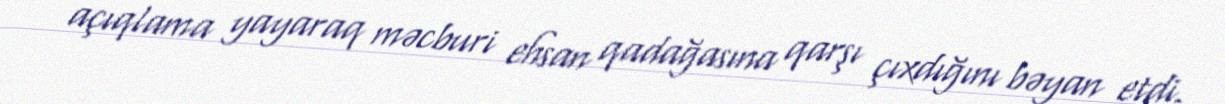
açıqlama yayaraq məcburi ehsan qadağasına qarşı çıxdığını bəyan etdi.